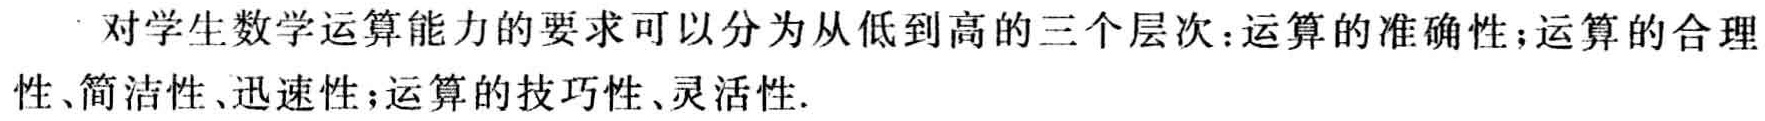
对学生数学运算能力的要求可以分为从低到高的三个层次：运算的准确性；运算的合理性、简洁性、迅速性；运算的技巧性、灵活性.